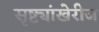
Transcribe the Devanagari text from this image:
सृष्ट्यांखेरीज